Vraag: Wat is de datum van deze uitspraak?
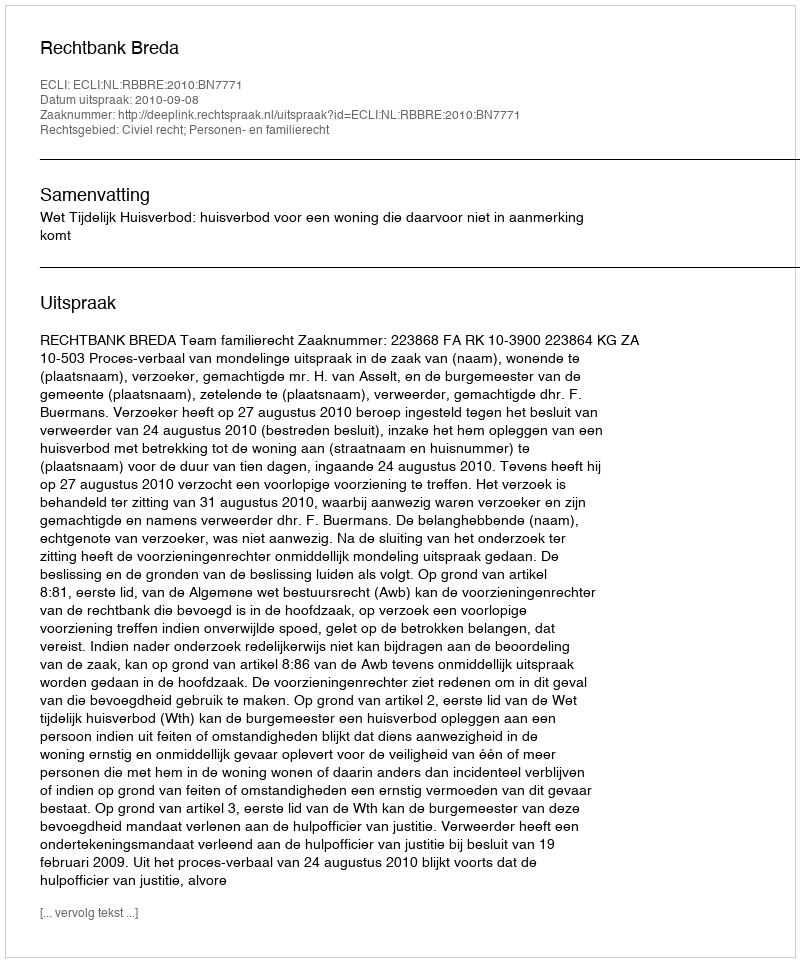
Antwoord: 2010-09-08